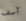
آسف